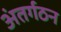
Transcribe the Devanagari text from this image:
अंतर्गठन